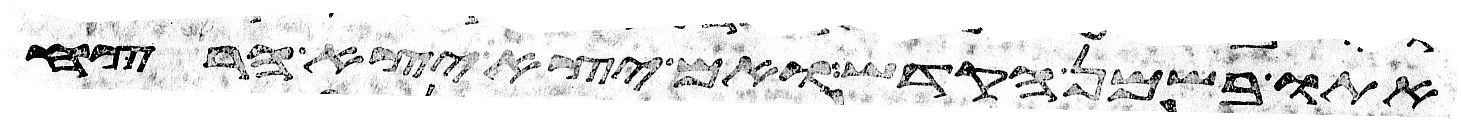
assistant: אתו בשמן הקדש ואם יצא יצא הרצח